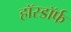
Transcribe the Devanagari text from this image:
हॉस्डॉर्फ